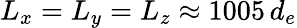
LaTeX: L_{x}=L_{y}=L_{z}\approx 1005\, d_{e}